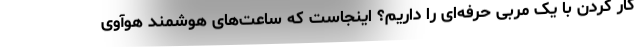
کار کردن با یک مربی حرفه‌ای را داریم؟ اینجاست که ساعت‌های هوشمند هوآوی